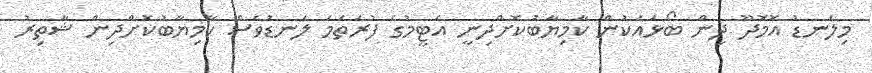
މިލަނޑު އޮމޮދޫ ދިން ބޯޅައަކުން ކާމިޔާބުކޮށްދިނީ އެޓީމުގެ ފުރަތަމަ ލަނޑުވެސް ކާމިޔާބުކޮށްދިން ޝާތިރު